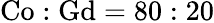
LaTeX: \mathrm{Co}:\mathrm{Gd}=80:20